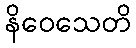
နိဝေသေတိ